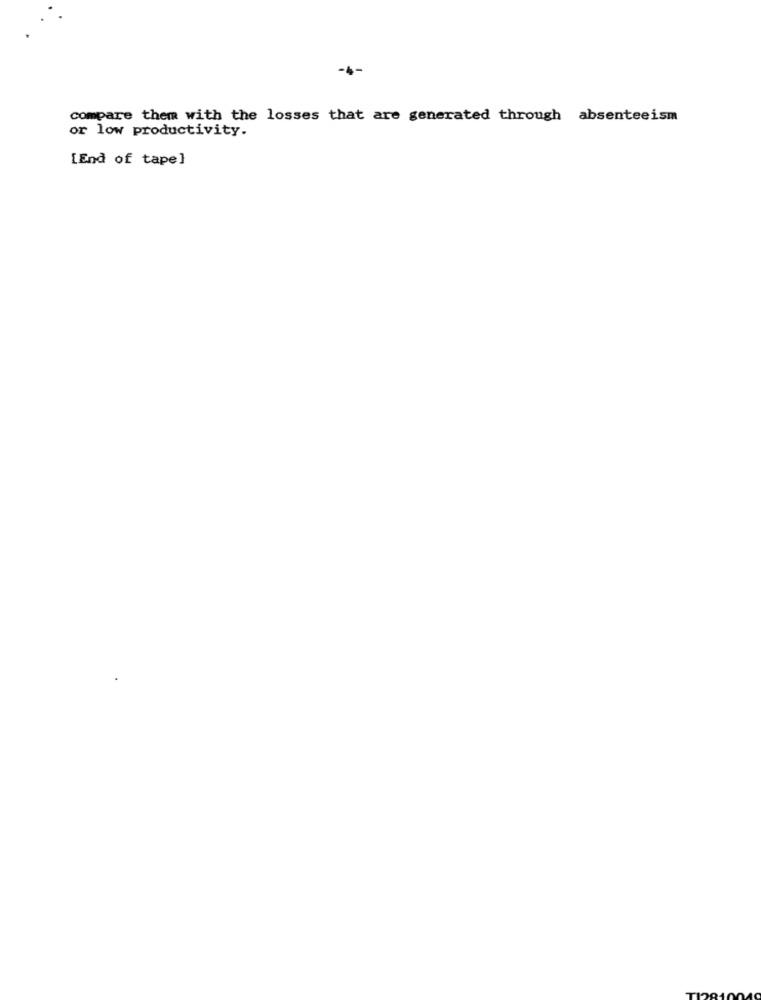
-4-
compare them with the losses that are generated through absenteeism
or low productivity.
[End of tape]